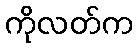
ကိုလတ်က